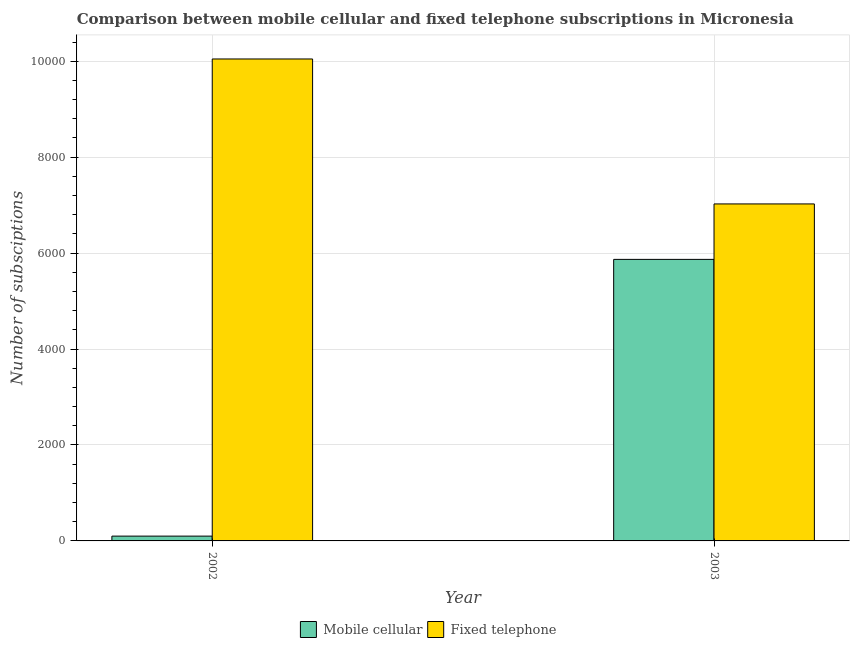
| Year | Mobile cellular | Fixed telephone |
 | --- | --- | --- |
 | 2002 | 100 | 1e+04 |
 | 2003 | 5.87e+03 | 7.02e+03 |